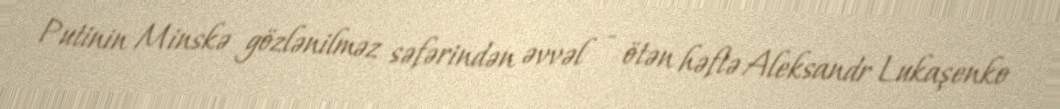
Putinin Minskə gözlənilməz səfərindən əvvəl - ötən həftə Aleksandr Lukaşenko